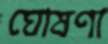
ঘোষণা